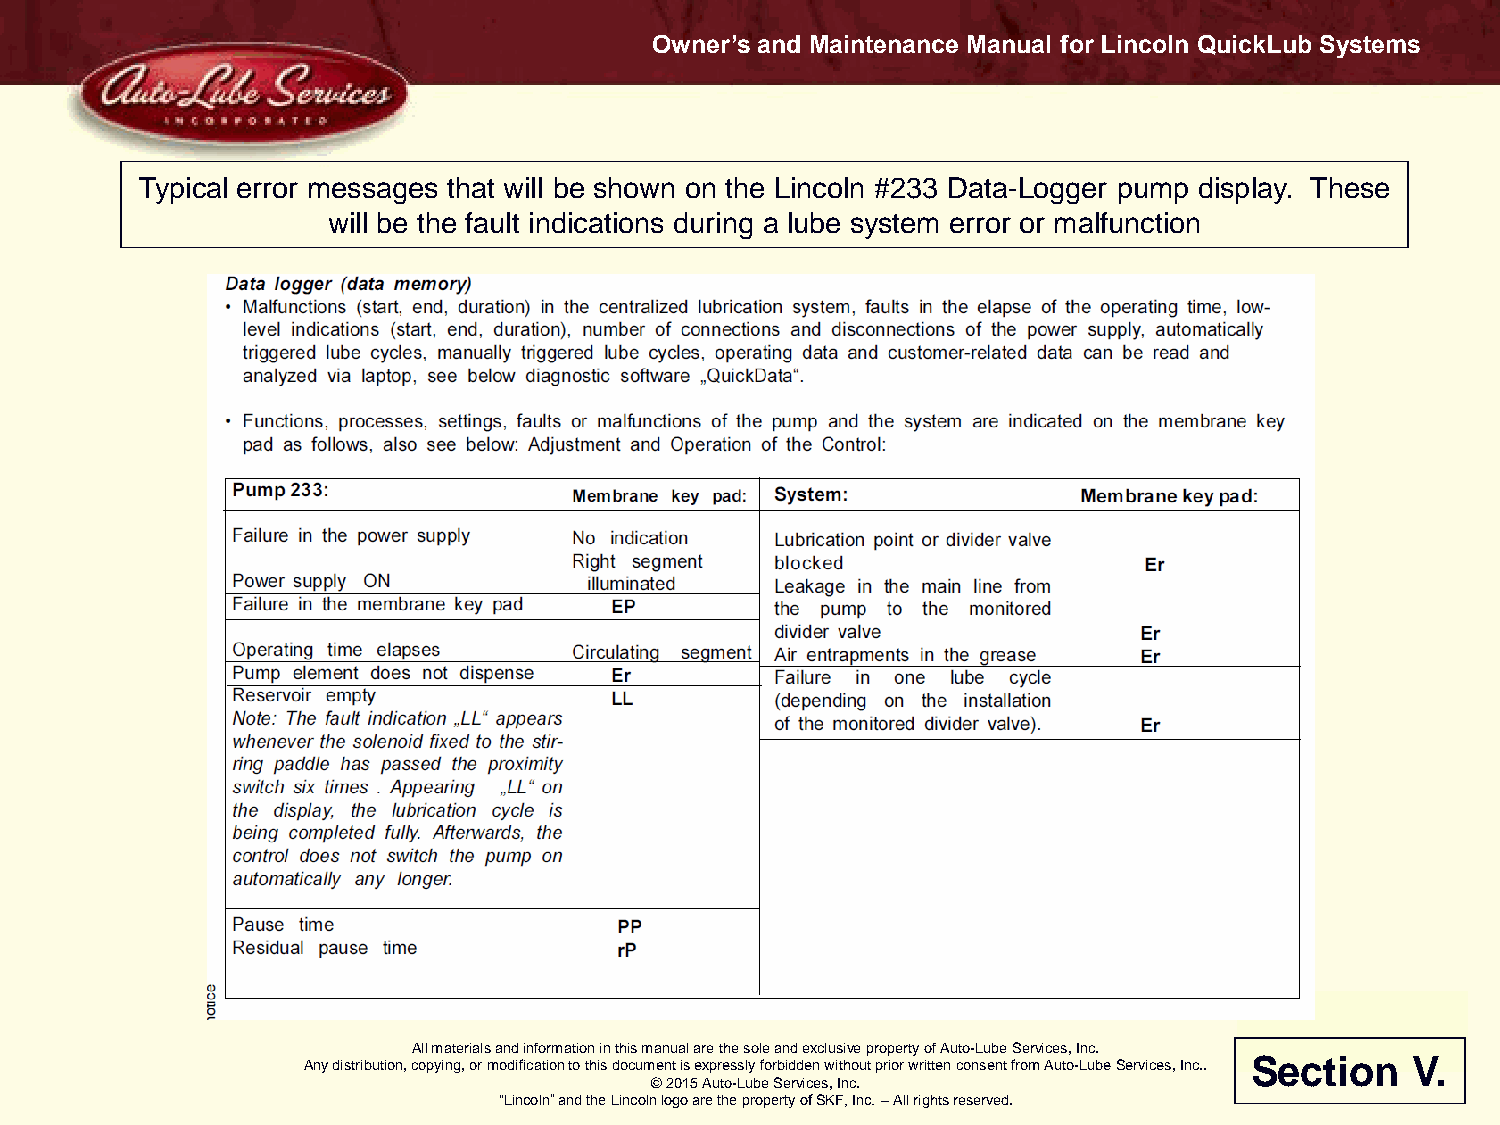
Owner’s and Maintenance Manual for Lincoln QuickLub Systems
 Typical error messages that will be shown on the Lincoln #233 Data-Logger pump display. These
 will be the fault indications during a lube system error or malfunction
 All materials and information in this manual are the sole and exclusive property of Auto-Lube Services, Inc.
 Any distribution, copying, or modification to this document is expressly forbidden without prior written consent from Auto-Lube Services, Inc.. Section V.
 © 2015 Auto-Lube Services, Inc.
 “Lincoln” and the Lincoln logo are the property of SKF, Inc. – All rights reserved.